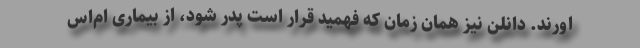
اورند. دانلن نیز همان زمان که فهمید قرار است پدر شود، از بیماری ام‌اس